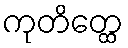
ကုတိတ္ထေ